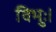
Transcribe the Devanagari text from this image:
विभुः।